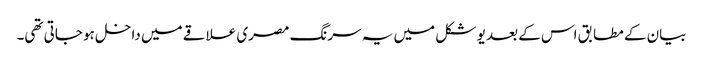
بیان کے مطابق اس کے بعد یو شکل میں یہ سرنگ مصری علاقے میں داخل ہو جاتی تھی۔